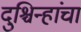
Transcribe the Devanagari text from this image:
दुश्चिन्हांचा